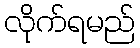
လိုက်ရမည်